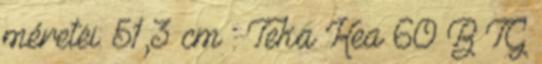
méretei: 51,3 cm . Teka Kea 60 B TG